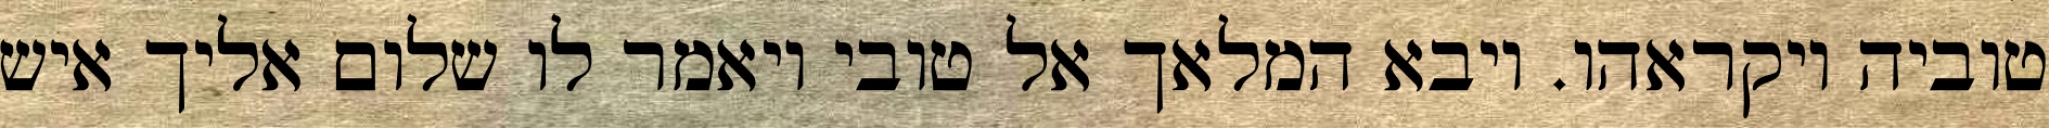
טוביה ויקראהו. ויבא המלאך אל טובי ויאמר לו שלום אליך איש